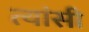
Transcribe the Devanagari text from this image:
त्यांसी